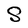
Character: S